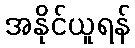
အနိုင်ယူရန်